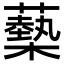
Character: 𧁈